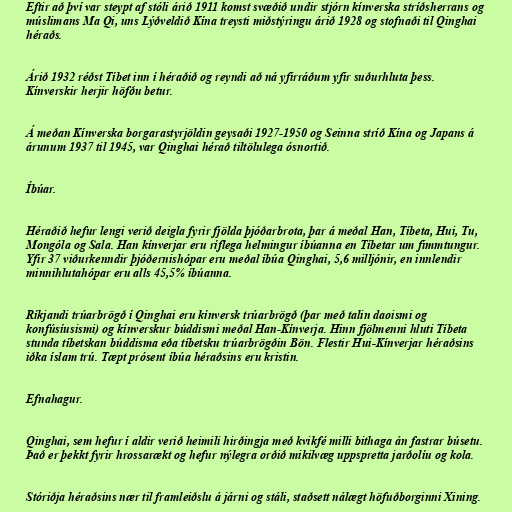
Eftir að því var steypt af stóli árið 1911 komst svæðið undir stjórn kínverska stríðsherrans og
múslimans Ma Qi, uns Lýðveldið Kína treysti miðstýringu árið 1928 og stofnaði til Qinghai
héraðs.

Árið 1932 réðst Tíbet inn í héraðið og reyndi að ná yfirráðum yfir suðurhluta þess.
Kínverskir herjir höfðu betur.

Á meðan Kínverska borgarastyrjöldin geysaði 1927-1950 og Seinna stríð Kína og Japans á
árunum 1937 til 1945, var Qinghai hérað tiltölulega ósnortið.

Íbúar.

Héraðið hefur lengi verið deigla fyrir fjölda þjóðarbrota, þar á meðal Han, Tíbeta, Hui, Tu,
Mongóla og Sala. Han kínverjar eru ríflega helmingur íbúanna en Tíbetar um fimmtungur.
Yfir 37 viðurkenndir þjóðernishópar eru meðal íbúa Qinghai, 5,6 milljónir, en innlendir
minnihlutahópar eru alls 45,5% íbúanna.

Ríkjandi trúarbrögð í Qinghai eru kínversk trúarbrögð (þar með talin daoismi og
konfúsíusismi) og kínverskur búddismi meðal Han-Kínverja. Hinn fjölmenni hluti Tíbeta
stunda tíbetskan búddisma eða tíbetsku trúarbrögðin Bön. Flestir Hui-Kínverjar héraðsins
iðka íslam trú. Tæpt prósent íbúa héraðsins eru kristin.

Efnahagur.

Qinghai, sem hefur í aldir verið heimili hirðingja með kvikfé milli bithaga án fastrar búsetu.
Það er þekkt fyrir hrossarækt og hefur nýlegra orðið mikilvæg uppspretta jarðolíu og kola.

Stóriðja héraðsins nær til framleiðslu á járni og stáli, staðsett nálægt höfuðborginni Xining.